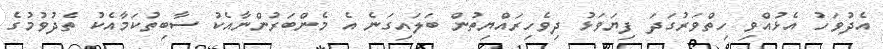
އެދުވަހު އެޅުއްވި ހިތްވަރުގަދަ ފިޔަވަޅު ދިވެހިރައްޔިތުން ބަލައިގަނެ އެ މެންބަރުންނާއެކު ސާބިތުކަމާއެކު ތެދުވުމުގެ